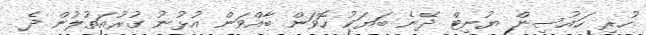
ހުރި ހައުސިން ޔުނިޓް ދޭނެ ބަޔަކު ހޮވަން ބާއްވަން އުޅުނު ގުރުއަތުލުން ދެ